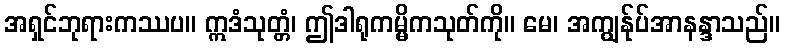
အရှင်ဘုရားကဿပ။ ဣဒံသုတ္တံ၊ ဤဒါရုကမ္မိကသုတ်ကို။ မေ၊ အကျွန်ုပ်အာနန္ဒာသည်။